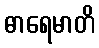
ဓာရေမာတိ